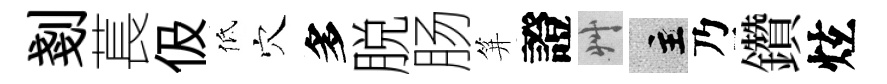
剗萇伋低穴多脱肠笄證艸主乃鑽炫